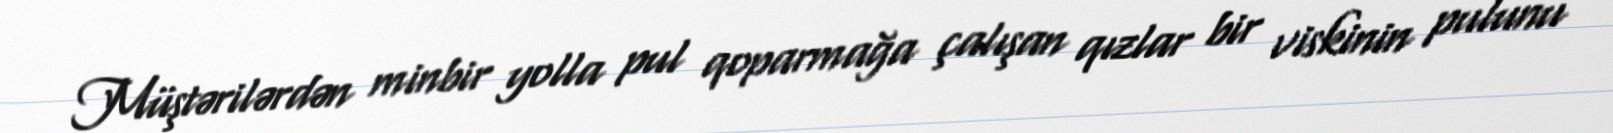
Müştərilərdən minbir yolla pul qoparmağa çalışan qızlar bir viskinin pulunu